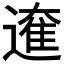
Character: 𮟁